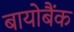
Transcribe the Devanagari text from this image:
बायोबैंक